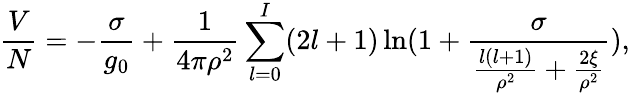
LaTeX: \frac{V}{N}=-\frac{\sigma}{g_{0}}+\frac{1}{4\pi\rho^{2}}\sum_{l=0}^{I}(2l+1)\ln(1+\frac{\sigma}{\frac{l(l+1)}{\rho^{2}}+\frac{2\xi}{\rho^{2}}}),